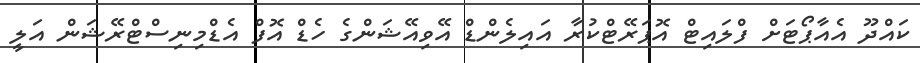
ކައްދޫ އެއާޕޯޓަށް ފްލައިޓް އޮޕަރޭޓްކުރާ އައިލެންޑް އޭވިއޭޝަންގެ ހެޑް އޮފް އެޑްމިނިސްޓްރޭޝަން އަލީ